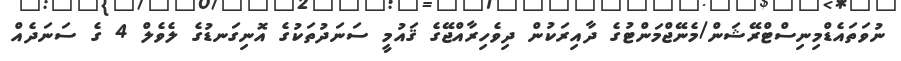
ނުވަތައެޑްމިނިސްޓްރޭޝަން/މެނޭޖްމަންޓުގެ ދާއިރަކުން ދިވެހިރާއްޖޭގެ ޤައުމީ ސަނަދުތަކުގެ އޮނިގަނޑުގެ ލެވެލް 4 ގެ ސަނަދެއް